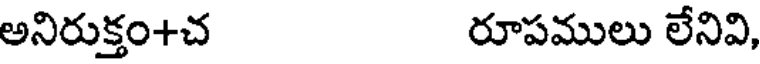
అనిరుక్తం+చ రూపములు లేనివి,